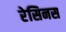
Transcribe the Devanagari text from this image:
रेसिनस